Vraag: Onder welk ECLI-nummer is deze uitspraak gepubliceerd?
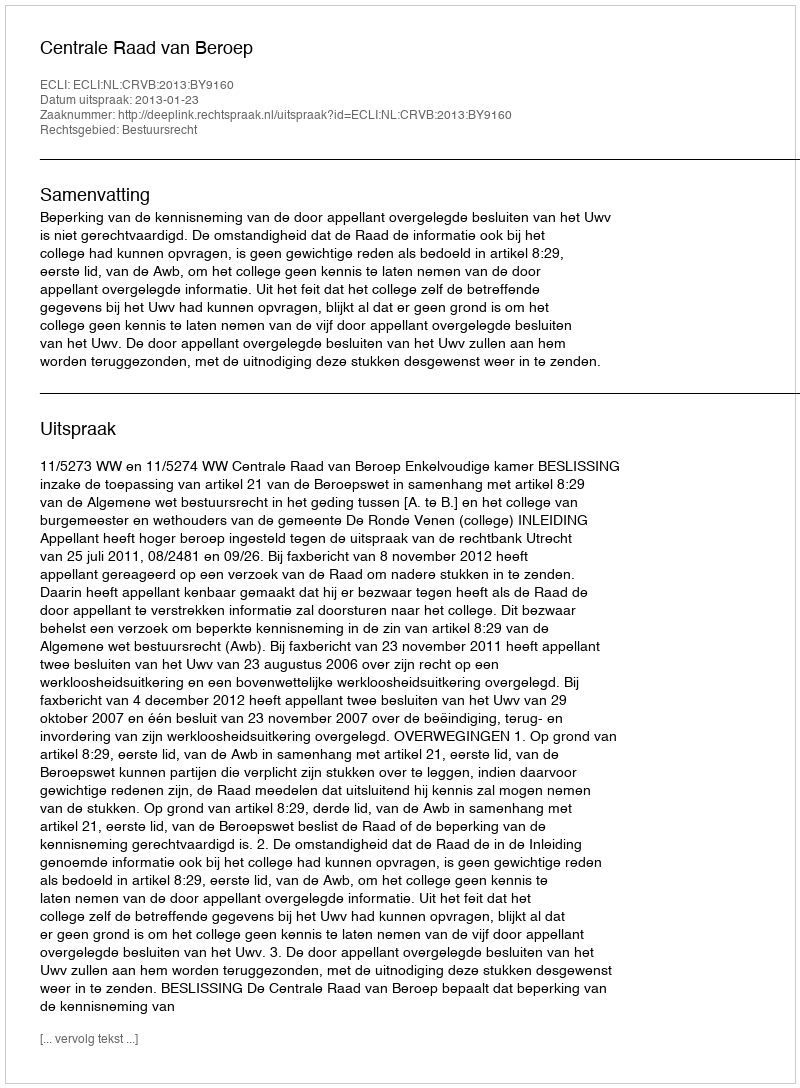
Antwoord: ECLI:NL:CRVB:2013:BY9160